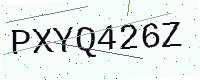
Text: PXYQ426Z